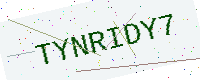
Text: TYNRIDY7